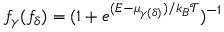
f _ { \gamma } ( f _ { \delta } ) = ( 1 + e ^ { ( E - { \mu } _ { \gamma ( \delta ) } ) / k _ { B } \mathcal { T } } ) ^ { - 1 }